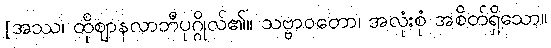
[အဿ၊ ထိုဈာနလာဘီပုဂ္ဂိုလ်၏။ သဗ္ဗာဝတော၊ အလုံးစုံ အစိတ်ရှိသော။